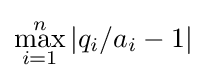
\max _{i=1}^{n}|q_{i}/a_{i}-1|